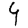
Digit: 4